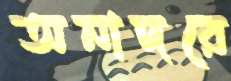
অনাদরে